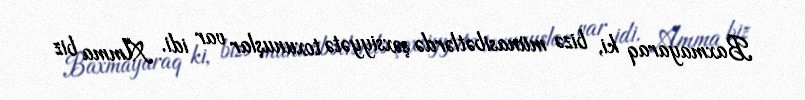
Baxmayaraq ki, bizə münasibətlərdə şəxsiyyətə toxunuşlar var idi. Amma biz